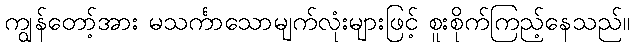
ကျွန်တော့်အား မသင်္ကာသောမျက်လုံးများဖြင့် စူးစိုက်ကြည့်နေသည်။